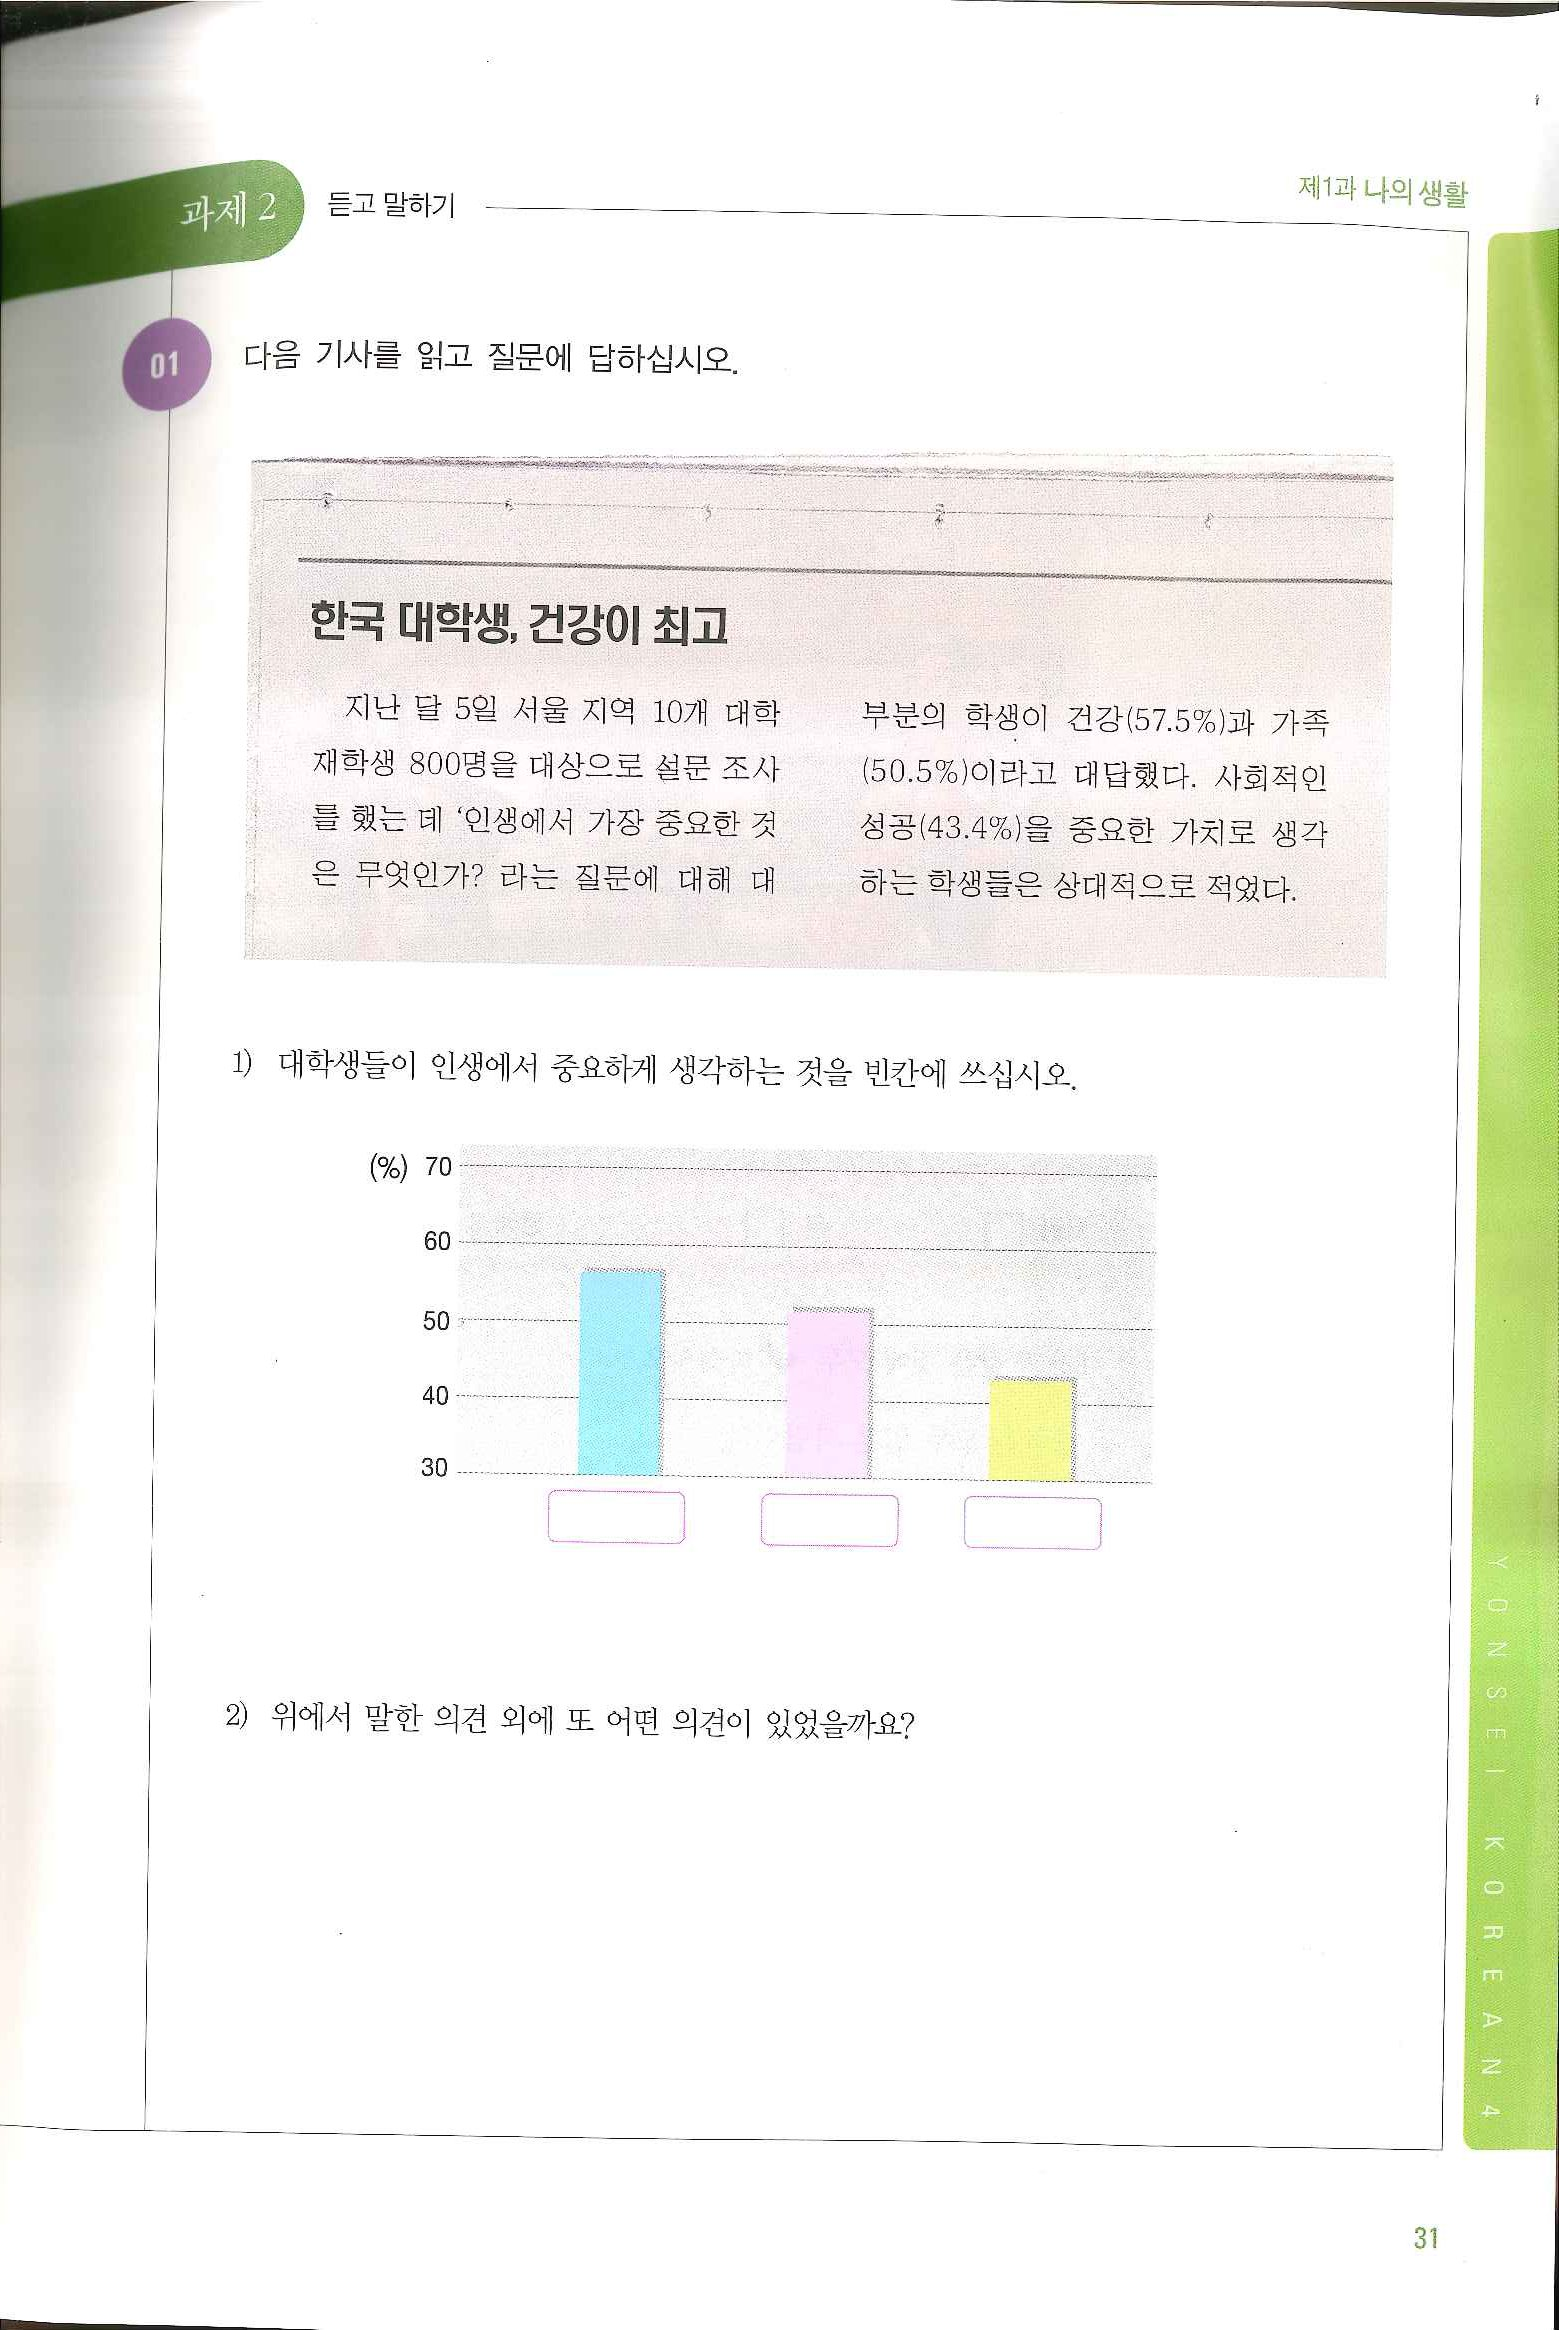
Language: ko